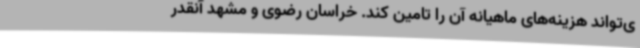
ی‌تواند هزینه‌های ماهیانه آن را تامین کند. خراسان رضوی و مشهد آنقدر